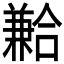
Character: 𪞍